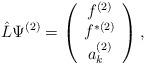
LaTeX: \begin{align*}\hat{L}\Psi^{(2)} = \left( \begin{array}{c}f^{(2)} \\f^{\ast (2)} \\ a^{(2)}_{k}\end{array}\right),\end{align*}